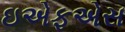
ઇએફએસ